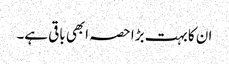
ان کا بہت بڑا حصہ ابھی باقی ہے۔